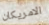
الامريكان